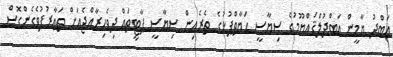
ޢަބްދު ޔާމީން ޢަބްދުލްޤައްޔޫމުގެ ސިޔާސީ ޙަޔާތްޕުޅުގެ ތެރެއިން ސިޔާސީ ޕާޓީތައް ދިވެހިރާއްޖެއަށް ތަޢާރުފުވެގެންގޮސް